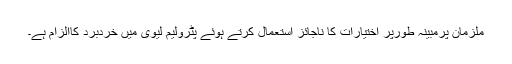
ملزمان پرمبینہ طورپر اختیارات کا ناجائز استعمال کرتے ہوئے پٹرولیم لیوی میں خردبرد کاالزام ہے۔